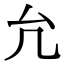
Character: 𠘭